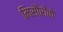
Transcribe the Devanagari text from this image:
मिसौरीके